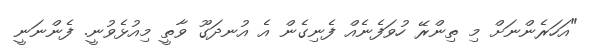
"އަހަރެންނަށް މި ތިންރޭ ހުވަފެނެއް ފެނިގެން އެ އުނދަގޫ ވާތީ މިއުޅެވުނީ. ފެންނަނީ